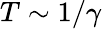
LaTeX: T\sim 1/\gamma